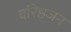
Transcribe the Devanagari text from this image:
वरिष्ठजन